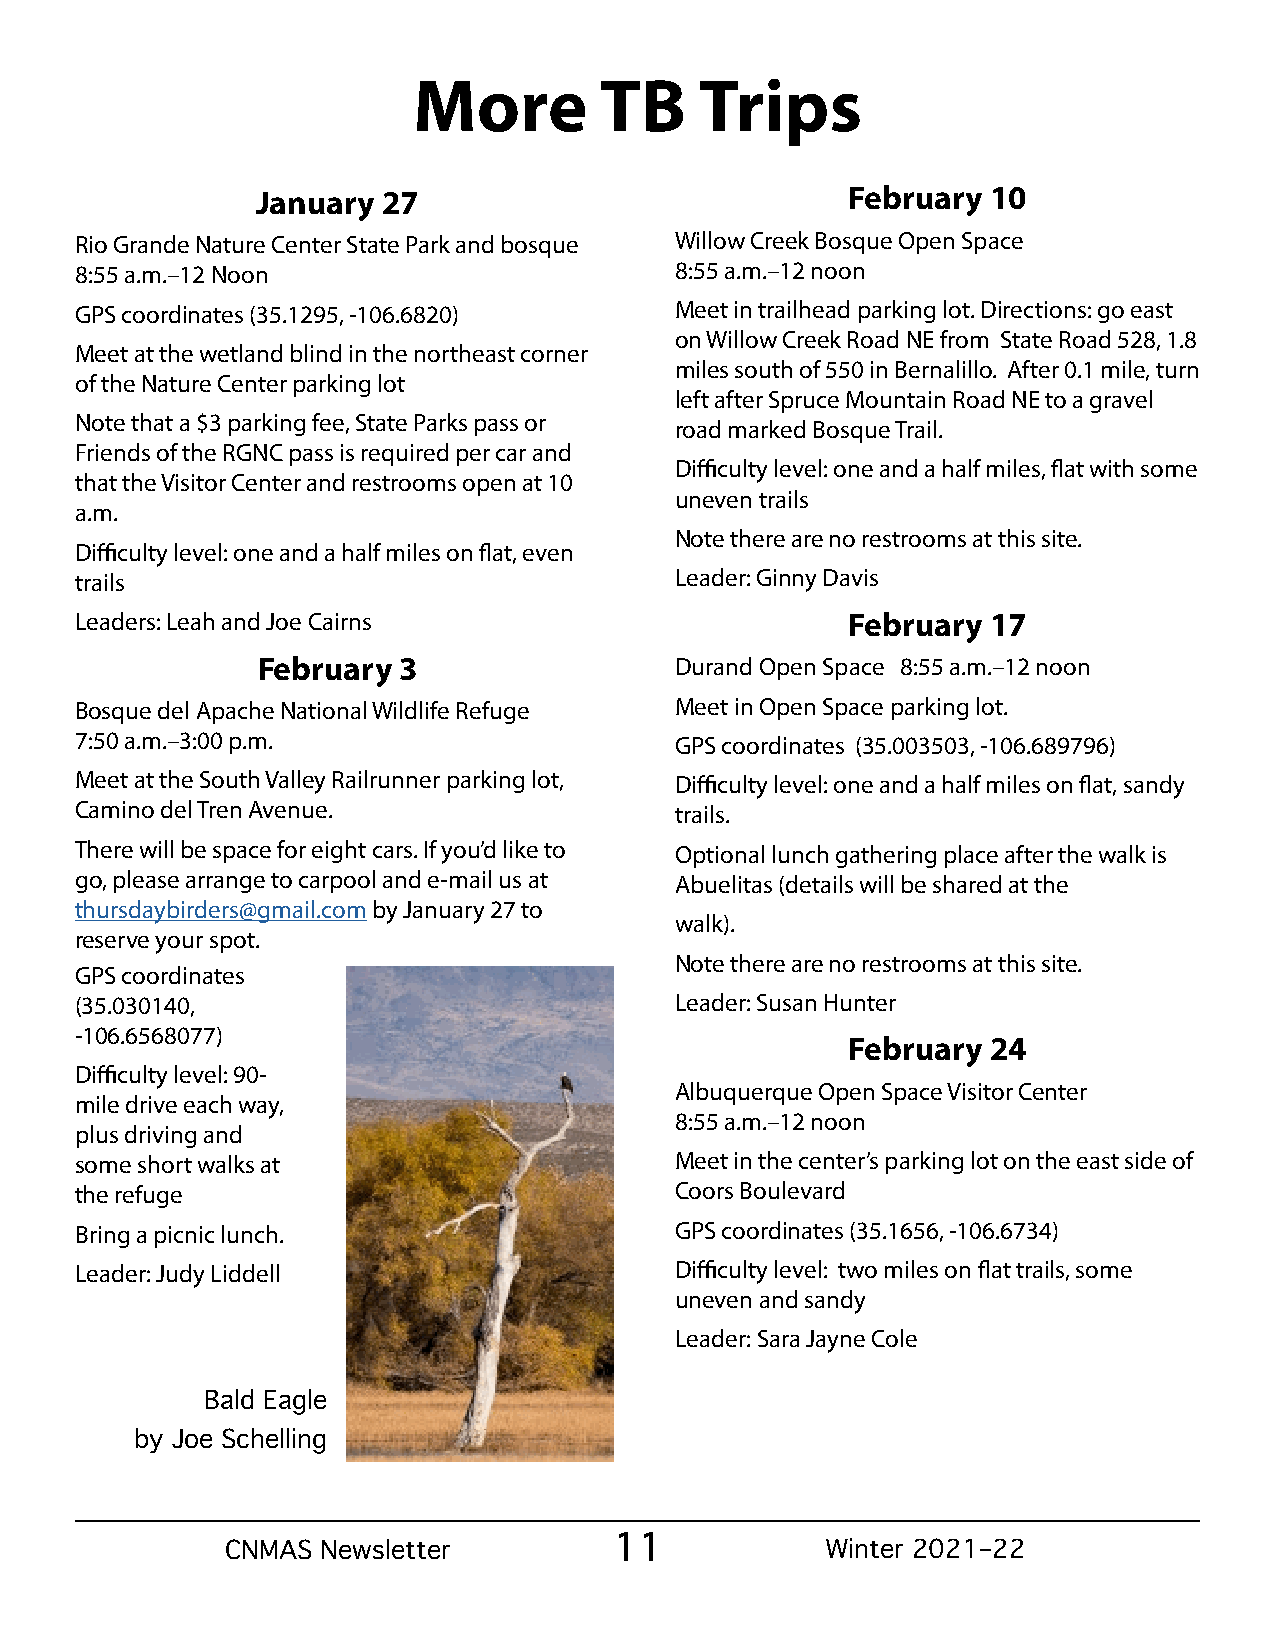
More         TB    Trips
 January 27                             February  10
 Rio Grande Nature Center State Park and bosque Willow Creek Bosque Open Space
 8:55 a.m.–12 Noon                       8:55 a.m.–12 noon
 GPS coordinates (35.1295, -106.6820)    Meet in trailhead parking lot. Directions: go east
 on Willow Creek Road NE from State Road 528, 1.8
 Meet at the wetland blind in the northeast corner
 miles south of 550 in Bernalillo. After 0.1 mile, turn
 of the Nature Center parking lot
 left after Spruce Mountain Road NE to a gravel
 Note that a $3 parking fee, State Parks pass or
 road marked Bosque Trail.
 Friends of the RGNC pass is required per car and
 Difficulty level: one and a half miles, flat with some
 that the Visitor Center and restrooms open at 10
 uneven trails
 a.m.
 Note there are no restrooms at this site.
 Difficulty level: one and a half miles on flat, even
 trails                                  Leader: Ginny Davis
 Leaders: Leah and Joe Cairns                       February  17
 February 3                  Durand Open Space 8:55 a.m.–12 noon
 Bosque del Apache National Wildlife Refuge Meet in Open Space parking lot.
 7:50 a.m.–3:00 p.m.                     GPS coordinates (35.003503, -106.689796)
 Meet at the South Valley Railrunner parking lot, Difficulty level: one and a half miles on flat, sandy
 Camino del Tren Avenue.                 trails.
 There will be space for eight cars. If you’d like to Optional lunch gathering place after the walk is
 go, please arrange to carpool and e-mail us at Abuelitas (details will be shared at the
 thursdaybirders@gmail.com by January 27 to
 walk).
 reserve your spot.
 Note there are no restrooms at this site.
 GPS coordinates
 (35.030140,                             Leader: Susan Hunter
 -106.6568077)
 February  24
 Difficulty level: 90-
 Albuquerque Open Space Visitor Center
 mile drive each way,
 8:55 a.m.–12 noon
 plus driving and
 some short walks at                     Meet in the center’s parking lot on the east side of
 the refuge                              Coors Boulevard
 Bring a picnic lunch.                   GPS coordinates (35.1656, -106.6734)
 Leader: Judy Liddell                    Difficulty level: two miles on flat trails, some
 uneven and sandy
 Leader: Sara Jayne Cole
 Bald Eagle
 by Joe Schelling
 CNMAS Newsletter          11            Winter 2021–22